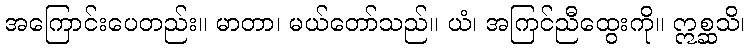
အကြောင်းပေတည်း။ မာတာ၊ မယ်တော်သည်။ ယံ၊ အကြင်ညီထွေးကို။ ဣစ္ဆသိ၊